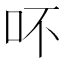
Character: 吥